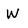
Character: W